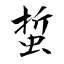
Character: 蜇